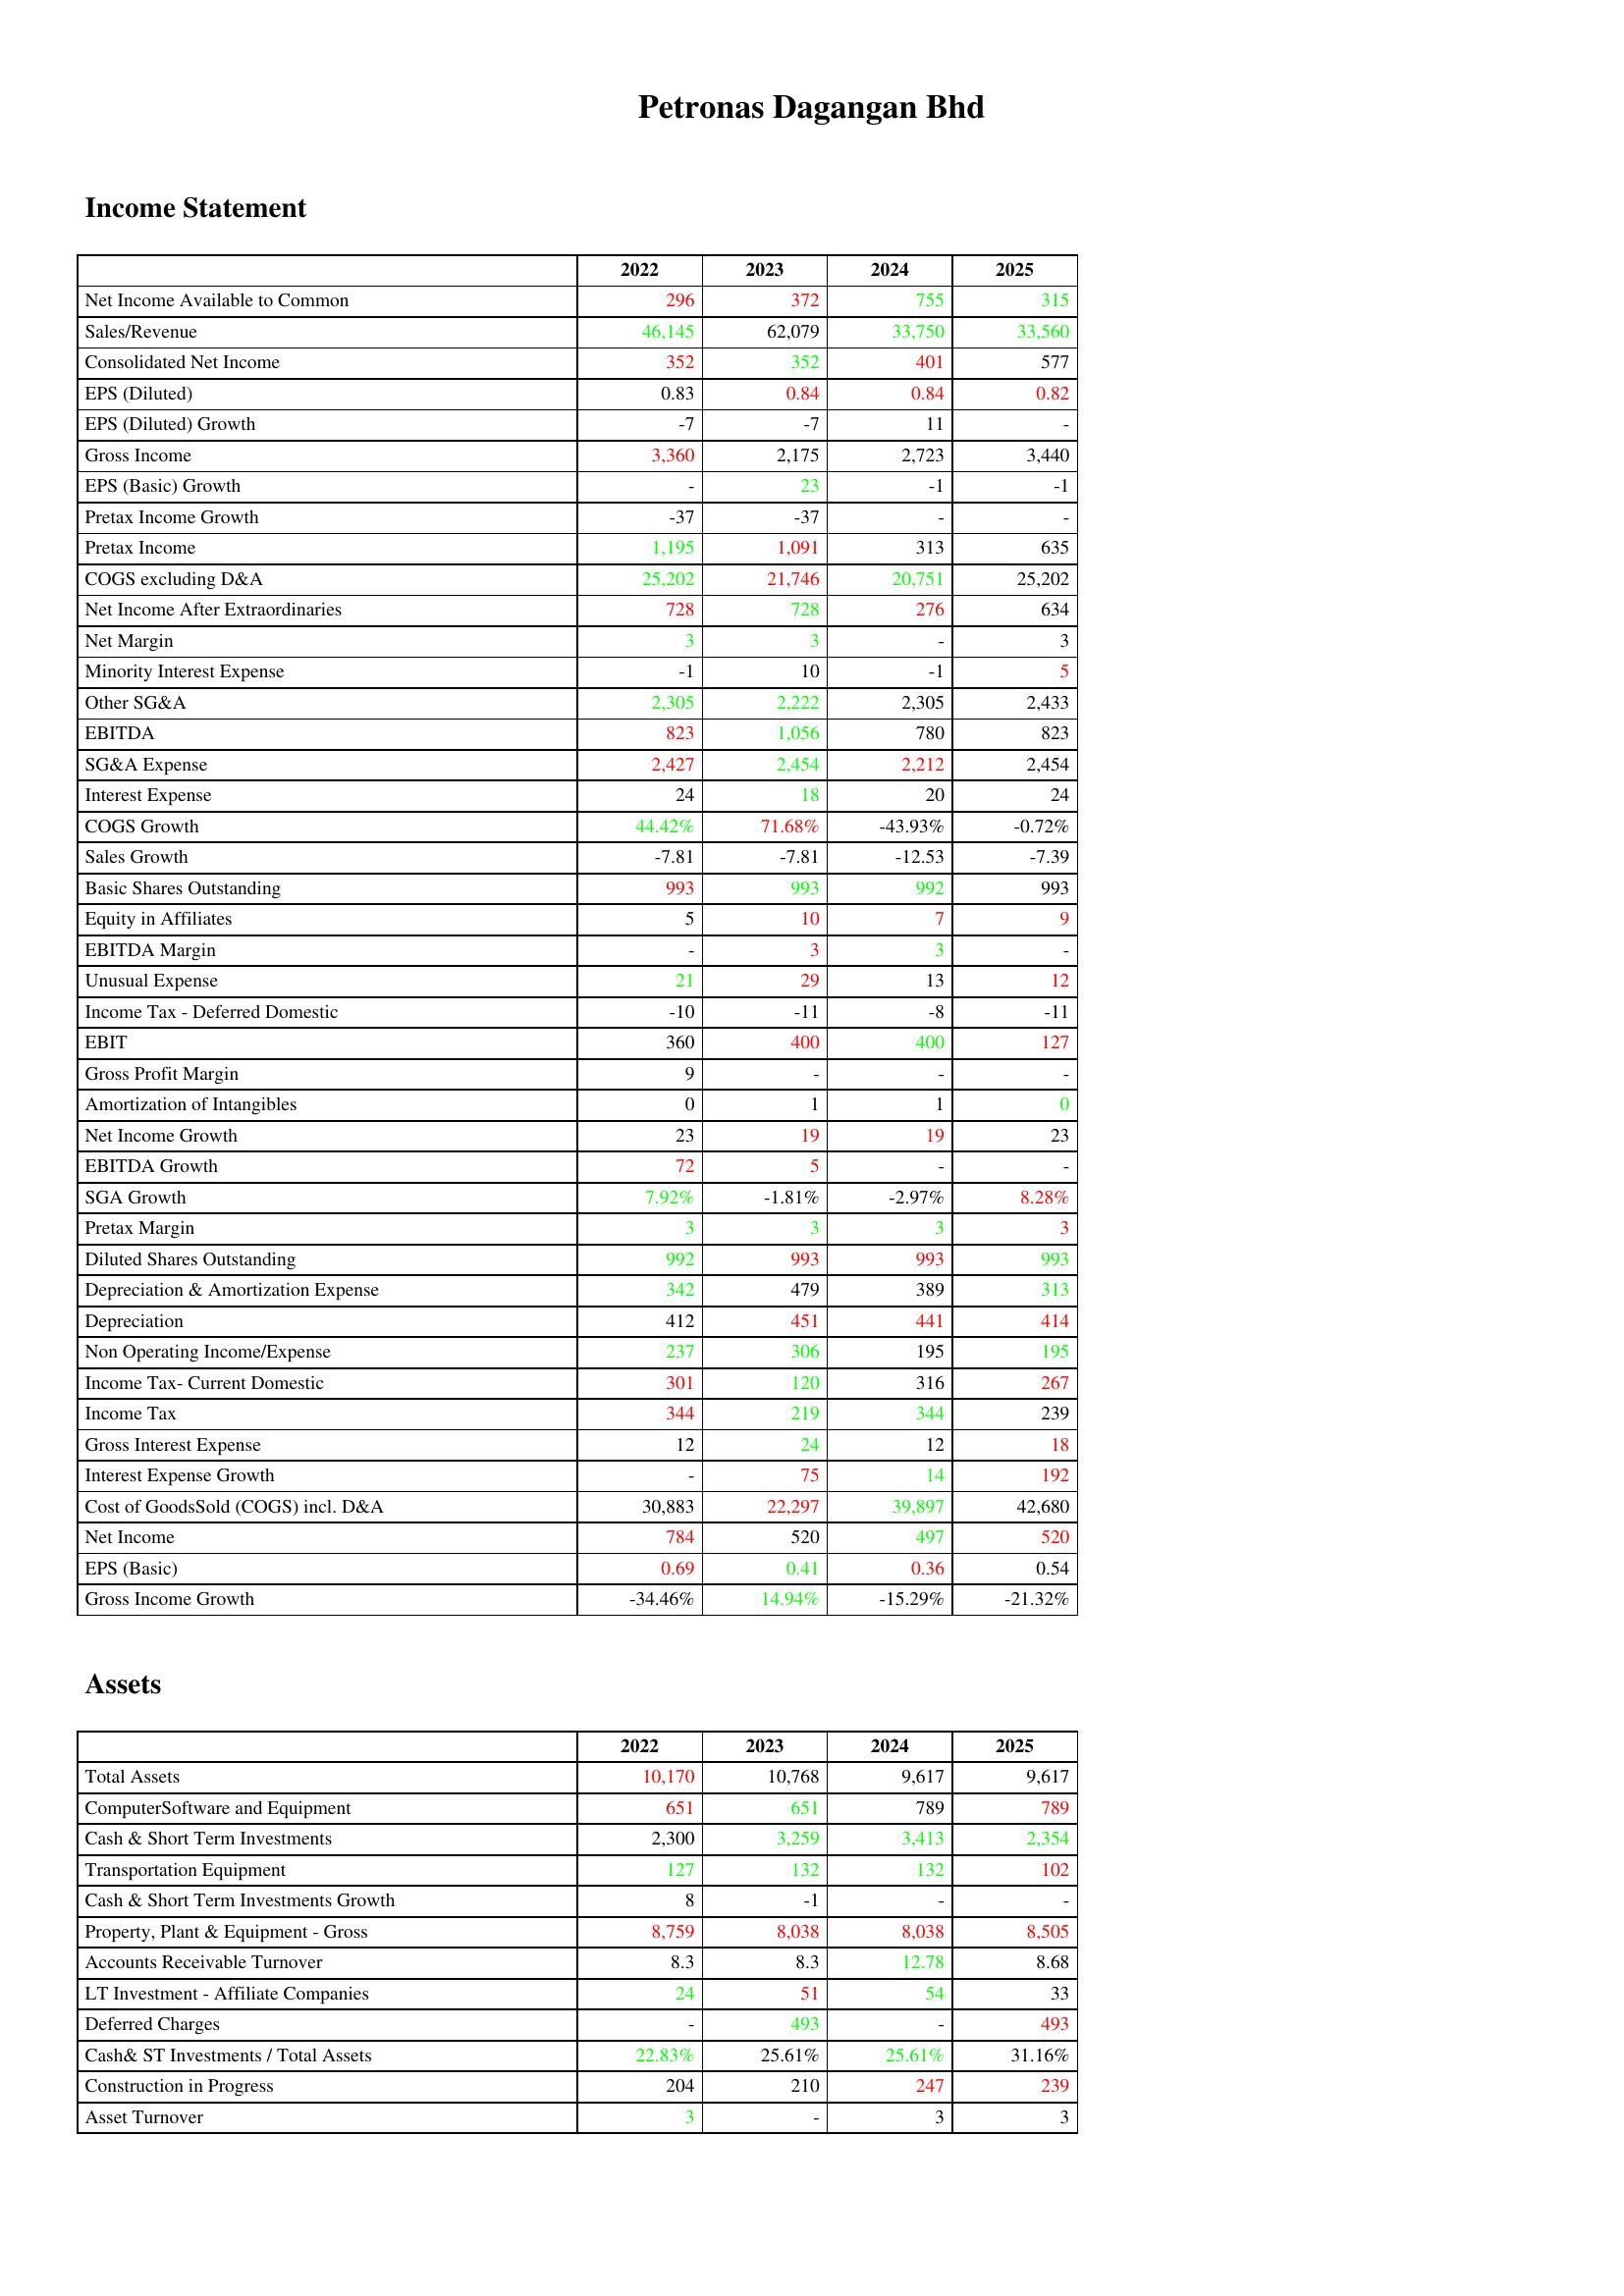
gt_parse: 2022: Income Statement: Net Income Available to Common: 296
Sales/Revenue: 46,145
Consolidated Net Income: 352
EPS (Diluted): 0.83
EPS (Diluted) Growth: -7
Gross Income: 3,360
EPS (Basic) Growth: -
Pretax Income Growth: -37
Pretax Income: 1,195
COGS excluding D&A: 25,202
Net Income After Extraordinaries: 728
Net Margin: 3
Minority Interest Expense: -1
Other SG&A: 2,305
EBITDA: 823
SG&A Expense: 2,427
Interest Expense: 24
COGS Growth: 44.42%
Sales Growth: -7.81
Basic Shares Outstanding: 993
Equity in Affiliates: 5
EBITDA Margin: -
Unusual Expense: 21
Income Tax - Deferred Domestic: -10
EBIT: 360
Gross Profit Margin: 9
Amortization of Intangibles: 0
Net Income Growth: 23
EBITDA Growth: 72
SGA Growth: 7.92%
Pretax Margin: 3
Diluted Shares Outstanding: 992
Depreciation & Amortization Expense: 342
Depreciation: 412
Non Operating Income/Expense: 237
Income Tax- Current Domestic: 301
Income Tax: 344
Gross Interest Expense: 12
Interest Expense Growth: -
Cost of GoodsSold (COGS) incl. D&A: 30,883
Net Income: 784
EPS (Basic): 0.69
Gross Income Growth: -34.46%
Assets: Total Assets: 10,170
ComputerSoftware and Equipment: 651
Cash & Short Term Investments: 2,300
Transportation Equipment: 127
Cash & Short Term Investments Growth: 8
Property, Plant & Equipment - Gross : 8,759
Accounts Receivable Turnover: 8.3
LT Investment - Affiliate Companies: 24
Deferred Charges: -
Cash& ST Investments / Total Assets: 22.83%
Construction in Progress: 204
Asset Turnover: 3
2023: Income Statement: Net Income Available to Common: 372
Sales/Revenue: 62,079
Consolidated Net Income: 352
EPS (Diluted): 0.84
EPS (Diluted) Growth: -7
Gross Income: 2,175
EPS (Basic) Growth: 23
Pretax Income Growth: -37
Pretax Income: 1,091
COGS excluding D&A: 21,746
Net Income After Extraordinaries: 728
Net Margin: 3
Minority Interest Expense: 10
Other SG&A: 2,222
EBITDA: 1,056
SG&A Expense: 2,454
Interest Expense: 18
COGS Growth: 71.68%
Sales Growth: -7.81
Basic Shares Outstanding: 993
Equity in Affiliates: 10
EBITDA Margin: 3
Unusual Expense: 29
Income Tax - Deferred Domestic: -11
EBIT: 400
Gross Profit Margin: -
Amortization of Intangibles: 1
Net Income Growth: 19
EBITDA Growth: 5
SGA Growth: -1.81%
Pretax Margin: 3
Diluted Shares Outstanding: 993
Depreciation & Amortization Expense: 479
Depreciation: 451
Non Operating Income/Expense: 306
Income Tax- Current Domestic: 120
Income Tax: 219
Gross Interest Expense: 24
Interest Expense Growth: 75
Cost of GoodsSold (COGS) incl. D&A: 22,297
Net Income: 520
EPS (Basic): 0.41
Gross Income Growth: 14.94%
Assets: Total Assets: 10,768
ComputerSoftware and Equipment: 651
Cash & Short Term Investments: 3,259
Transportation Equipment: 132
Cash & Short Term Investments Growth: -1
Property, Plant & Equipment - Gross : 8,038
Accounts Receivable Turnover: 8.3
LT Investment - Affiliate Companies: 51
Deferred Charges: 493
Cash& ST Investments / Total Assets: 25.61%
Construction in Progress: 210
Asset Turnover: -
2024: Income Statement: Net Income Available to Common: 755
Sales/Revenue: 33,750
Consolidated Net Income: 401
EPS (Diluted): 0.84
EPS (Diluted) Growth: 11
Gross Income: 2,723
EPS (Basic) Growth: -1
Pretax Income Growth: -
Pretax Income: 313
COGS excluding D&A: 20,751
Net Income After Extraordinaries: 276
Net Margin: -
Minority Interest Expense: -1
Other SG&A: 2,305
EBITDA: 780
SG&A Expense: 2,212
Interest Expense: 20
COGS Growth: -43.93%
Sales Growth: -12.53
Basic Shares Outstanding: 992
Equity in Affiliates: 7
EBITDA Margin: 3
Unusual Expense: 13
Income Tax - Deferred Domestic: -8
EBIT: 400
Gross Profit Margin: -
Amortization of Intangibles: 1
Net Income Growth: 19
EBITDA Growth: -
SGA Growth: -2.97%
Pretax Margin: 3
Diluted Shares Outstanding: 993
Depreciation & Amortization Expense: 389
Depreciation: 441
Non Operating Income/Expense: 195
Income Tax- Current Domestic: 316
Income Tax: 344
Gross Interest Expense: 12
Interest Expense Growth: 14
Cost of GoodsSold (COGS) incl. D&A: 39,897
Net Income: 497
EPS (Basic): 0.36
Gross Income Growth: -15.29%
Assets: Total Assets: 9,617
ComputerSoftware and Equipment: 789
Cash & Short Term Investments: 3,413
Transportation Equipment: 132
Cash & Short Term Investments Growth: -
Property, Plant & Equipment - Gross : 8,038
Accounts Receivable Turnover: 12.78
LT Investment - Affiliate Companies: 54
Deferred Charges: -
Cash& ST Investments / Total Assets: 25.61%
Construction in Progress: 247
Asset Turnover: 3
2025: Income Statement: Net Income Available to Common: 315
Sales/Revenue: 33,560
Consolidated Net Income: 577
EPS (Diluted): 0.82
EPS (Diluted) Growth: -
Gross Income: 3,440
EPS (Basic) Growth: -1
Pretax Income Growth: -
Pretax Income: 635
COGS excluding D&A: 25,202
Net Income After Extraordinaries: 634
Net Margin: 3
Minority Interest Expense: 5
Other SG&A: 2,433
EBITDA: 823
SG&A Expense: 2,454
Interest Expense: 24
COGS Growth: -0.72%
Sales Growth: -7.39
Basic Shares Outstanding: 993
Equity in Affiliates: 9
EBITDA Margin: -
Unusual Expense: 12
Income Tax - Deferred Domestic: -11
EBIT: 127
Gross Profit Margin: -
Amortization of Intangibles: 0
Net Income Growth: 23
EBITDA Growth: -
SGA Growth: 8.28%
Pretax Margin: 3
Diluted Shares Outstanding: 993
Depreciation & Amortization Expense: 313
Depreciation: 414
Non Operating Income/Expense: 195
Income Tax- Current Domestic: 267
Income Tax: 239
Gross Interest Expense: 18
Interest Expense Growth: 192
Cost of GoodsSold (COGS) incl. D&A: 42,680
Net Income: 520
EPS (Basic): 0.54
Gross Income Growth: -21.32%
Assets: Total Assets: 9,617
ComputerSoftware and Equipment: 789
Cash & Short Term Investments: 2,354
Transportation Equipment: 102
Cash & Short Term Investments Growth: -
Property, Plant & Equipment - Gross : 8,505
Accounts Receivable Turnover: 8.68
LT Investment - Affiliate Companies: 33
Deferred Charges: 493
Cash& ST Investments / Total Assets: 31.16%
Construction in Progress: 239
Asset Turnover: 3